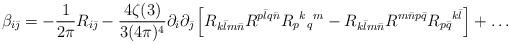
LaTeX: \begin{align*}\beta_{i\bar\jmath}=-\frac1{2\pi}R_{i\bar\jmath}-\frac{4\zeta(3)}{3(4\pi)^4} \partial_i\partial_{\bar\jmath}\left[R_{k\bar lm\bar n} R^{p\bar lq\bar n}R_p{}^k{}_q{}^m-R_{k\bar lm\bar n} R^{m\bar np\bar q}R_{p\bar q}{}^{k\bar l}\right]+\ldots\end{align*}